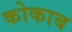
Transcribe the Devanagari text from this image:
कोकाब